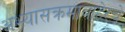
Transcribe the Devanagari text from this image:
अभ्यासक्रमाबाहेरचे